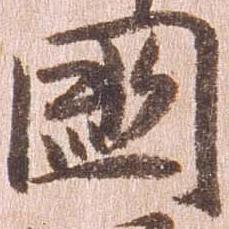
国